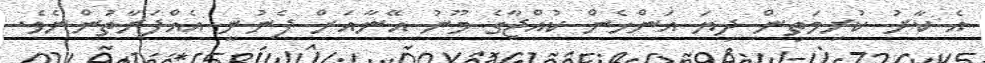
އެ ކާރު ކުރިމަތިން ދިޔަ އަންހެން ކުއްޖާގެ މޫނު އޭނާއަށް ފެނުނީ އެއްފަރާތުންނެވެ.